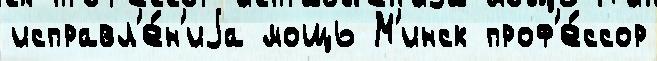
исправл'е́н'иjа мощь М'инск проф'е́ссор